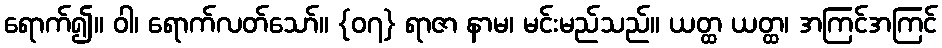
ရောက်၍။ ဝါ၊ ရောက်လတ်သော်။ {၀၇} ရာဇာ နာမ၊ မင်းမည်သည်။ ယတ္ထ ယတ္ထ၊ အကြင်အကြင်